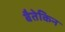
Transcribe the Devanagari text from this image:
बैतेकिन